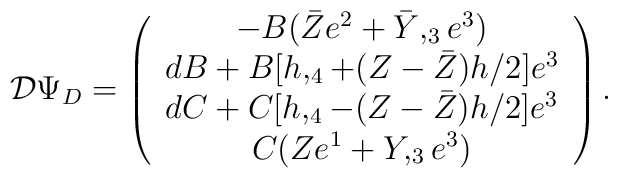
{\cal D} \Psi_D =\left( \begin{array}{c}-B (\bar Z e^2 + \bar Y,_3 e^3)\\dB + B[h,_4 +(Z-\bar Z) h/2] e^3\\dC + C[h,_4 -(Z-\bar Z) h/2] e^3\\C ( Z e^1 +  Y,_3 e^3)\end{array} \right).